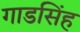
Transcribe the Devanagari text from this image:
गाडसिंह